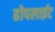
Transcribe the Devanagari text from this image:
होपलाईट